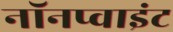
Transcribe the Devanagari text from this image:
नॉनप्वाइंट